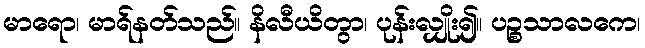
မာရော၊ မာရ်နတ်သည်။ နိလီယိတွာ၊ ပုန်းလျှိုး၍။ ပဉ္စသာလကေ၊